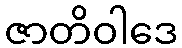
ဇာတိဝါဒေ